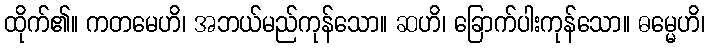
ထိုက်၏။ ကတမေဟိ၊ အဘယ်မည်ကုန်သော။ ဆဟိ၊ ခြောက်ပါးကုန်သော။ ဓမ္မေဟိ၊